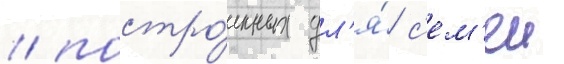
/ постро́енных дл'я́ с'ем'еи